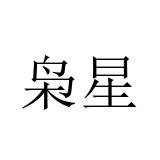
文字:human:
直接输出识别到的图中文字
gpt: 枭星